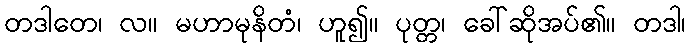
တဒါတေ၊ လ။ မဟာမုနိတံ၊ ဟူ၍။ ပုတ္တ၊ ခေါ်ဆိုအပ်၏။ တဒါ၊